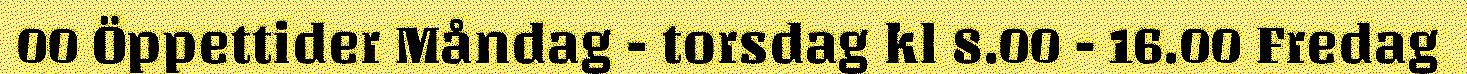
00 Öppettider Måndag - torsdag kl 8.00 - 16.00 Fredag